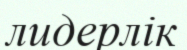
лидерлік